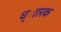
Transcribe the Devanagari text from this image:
ध्ाारक